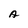
Character: A